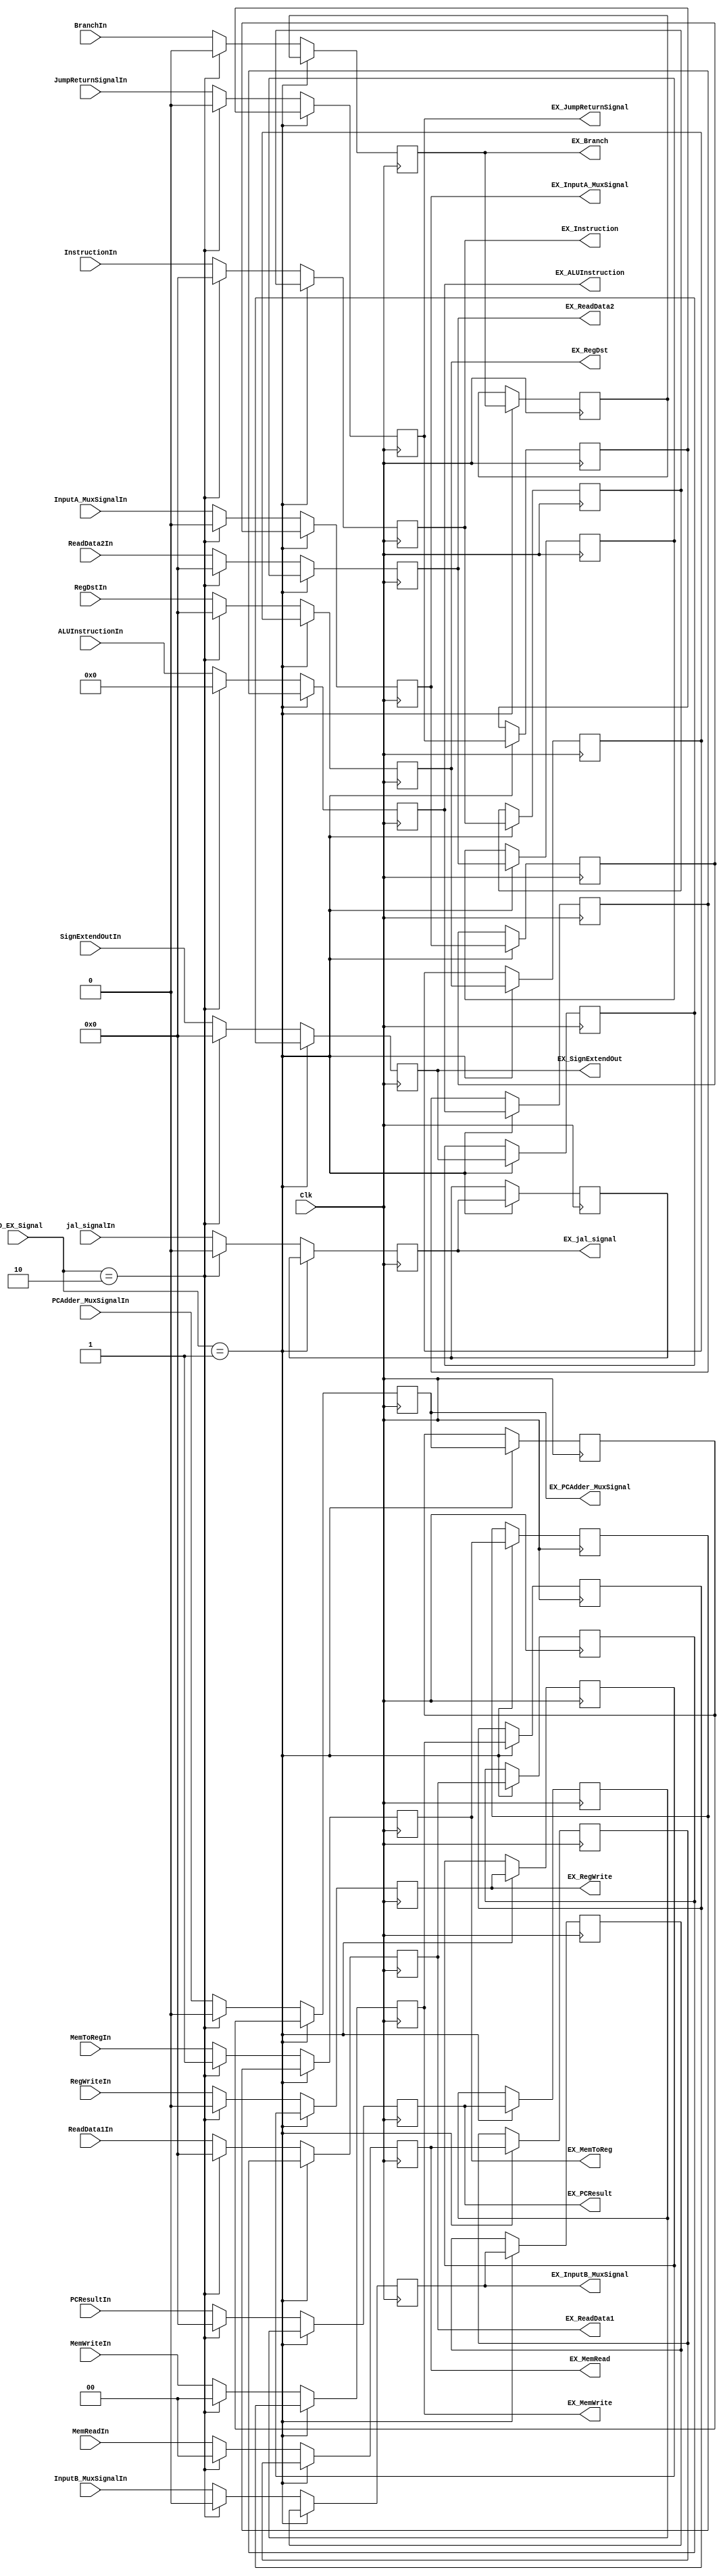
module ID_EX_Register(Clk, ID_EX_Signal, JumpReturnSignalIn, jal_signalIn, PCAdder_MuxSignalIn, InstructionIn, RegWriteIn, ReadData1In, ReadData2In, SignExtendOutIn, ALUInstructionIn, PCResultIn, InputA_MuxSignalIn, InputB_MuxSignalIn, RegDstIn, MemWriteIn, MemReadIn, BranchIn, MemToRegIn,
                          EX_JumpReturnSignal, EX_jal_signal, EX_PCAdder_MuxSignal, EX_Instruction, EX_RegWrite, EX_ReadData1, EX_ReadData2, EX_SignExtendOut, EX_ALUInstruction, EX_PCResult, EX_InputA_MuxSignal, EX_InputB_MuxSignal, EX_RegDst, EX_MemWrite, EX_MemRead, EX_Branch, EX_MemToReg);
input Clk, RegWriteIn, InputA_MuxSignalIn, InputB_MuxSignalIn, BranchIn, MemToRegIn, PCAdder_MuxSignalIn, jal_signalIn, JumpReturnSignalIn;
input [1:0] ID_EX_Signal;
input [1:0] MemWriteIn, MemReadIn;
input [31:0] ReadData1In;
input [31:0] ReadData2In;
input [31:0] SignExtendOutIn;
input [5:0] ALUInstructionIn;
input [31:0] PCResultIn;
input [31:0] InstructionIn;
input [31:0] RegDstIn;

output reg EX_RegWrite, EX_InputA_MuxSignal, EX_InputB_MuxSignal, EX_Branch, EX_MemToReg, EX_PCAdder_MuxSignal, EX_jal_signal, EX_JumpReturnSignal; //convert EX_AluSRC to exALU_Inputbs
output reg [31:0] EX_ReadData1;
output reg [1:0] EX_MemWrite, EX_MemRead;
output reg [31:0] EX_ReadData2;
output reg [31:0] EX_SignExtendOut;
output reg [5:0] EX_ALUInstruction;
output reg [31:0] EX_PCResult;
output reg [31:0] EX_Instruction;
output reg [31:0] EX_RegDst;
reg PreviousEX_RegWrite, PreviousEX_InputA_MuxSignal, PreviousEX_InputB_MuxSignal, PreviousEX_Branch, PreviousEX_MemToReg, PreviousEX_PCAdder_MuxSignal, PreviousEX_jal_signal, PreviousEX_JumpReturnSignal;
reg [31:0] PreviousEX_ReadData1;
reg [1:0] PreviousEX_MemWrite, PreviousEX_MemRead;
reg [31:0] PreviousEX_ReadData2;
reg [31:0] PreviousEX_SignExtendOut;
reg [5:0] PreviousEX_ALUInstruction;
reg [31:0] PreviousEX_PCResult;
reg [31:0] PreviousEX_Instruction;
reg [31:0] PreviousEX_RegDst;

always @(posedge Clk) begin
    if(ID_EX_Signal == 1)begin/*This is currently not stalling correctly*/
    EX_RegWrite = PreviousEX_RegWrite; 
    EX_InputA_MuxSignal = PreviousEX_InputA_MuxSignal; 
    EX_InputB_MuxSignal = PreviousEX_InputB_MuxSignal; 
    EX_Branch = PreviousEX_Branch; 
    EX_MemToReg = PreviousEX_MemToReg; 
    EX_PCAdder_MuxSignal = PreviousEX_PCAdder_MuxSignal; 
    EX_jal_signal = PreviousEX_jal_signal; 
    EX_JumpReturnSignal = PreviousEX_JumpReturnSignal; 
    EX_ReadData1 = PreviousEX_ReadData1; 
    EX_MemWrite = PreviousEX_MemWrite; 
    EX_MemRead = PreviousEX_MemRead; 
    EX_ReadData2 = PreviousEX_ReadData2; 
    EX_SignExtendOut = PreviousEX_SignExtendOut; 
    EX_ALUInstruction = PreviousEX_ALUInstruction; 
    EX_PCResult = PreviousEX_PCResult; 
    EX_Instruction = PreviousEX_Instruction;
    EX_RegDst = PreviousEX_RegDst;
    end
    else if(ID_EX_Signal == 2)begin
    EX_RegWrite = 0;
    EX_ReadData1 =0;
    EX_ReadData2 = 0;
    EX_SignExtendOut = 0;
    EX_ALUInstruction = 0;
    EX_PCResult = 0;
    EX_InputA_MuxSignal = 0;
    EX_InputB_MuxSignal = 0;
    EX_RegDst = 0;
    EX_Instruction= 0;
    EX_MemRead= 0;
    EX_Branch = 0;
    EX_MemToReg = 1;
    EX_MemWrite = 0;
    EX_PCAdder_MuxSignal =0;
    EX_jal_signal = 0;
    EX_JumpReturnSignal = 0;
    end
    else begin
    //PreviousEX_RegWrite = EX_RegWrite;
    EX_RegWrite = RegWriteIn;
    //PreviousEX_ReadData1 = EX_ReadData1;
    EX_ReadData1 = ReadData1In;
    //PreviousEX_ReadData2 = EX_ReadData2;
    EX_ReadData2 = ReadData2In;
    //PreviousEX_SignExtendOut = EX_SignExtendOut;
    EX_SignExtendOut = SignExtendOutIn;
    //PreviousEX_ALUInstruction = EX_ALUInstruction;
    EX_ALUInstruction = ALUInstructionIn;
    //PreviousEX_PCResult = EX_PCResult;
    EX_PCResult = PCResultIn;
    //PreviousEX_InputA_MuxSignal = EX_InputA_MuxSignal;
    EX_InputA_MuxSignal = InputA_MuxSignalIn;
    //PreviousEX_InputB_MuxSignal = EX_InputB_MuxSignal;
    EX_InputB_MuxSignal = InputB_MuxSignalIn;
    //PreviousEX_RegDst = EX_RegDst;
    EX_RegDst = RegDstIn;
    //PreviousEX_Instruction = EX_Instruction;
    EX_Instruction = InstructionIn;
    //PreviousEX_MemRead = EX_MemRead;
    EX_MemRead = MemReadIn;
    //PreviousEX_Branch = EX_Branch;
    EX_Branch = BranchIn;
    //PreviousEX_MemToReg = EX_MemToReg;
    EX_MemToReg = MemToRegIn;
    //PreviousEX_MemWrite = EX_MemWrite;
    EX_MemWrite =MemWriteIn;
    //PreviousEX_PCAdder_MuxSignal = EX_PCAdder_MuxSignal;
    EX_PCAdder_MuxSignal = PCAdder_MuxSignalIn;
    //PreviousEX_jal_signal = EX_jal_signal;
    EX_jal_signal = jal_signalIn;
    //PreviousEX_JumpReturnSignal = EX_JumpReturnSignal;
    EX_JumpReturnSignal = JumpReturnSignalIn;
    end  
    end     
always @(negedge Clk) begin
if(ID_EX_Signal == 1)begin/*This is currently not stalling correctly*/
    PreviousEX_RegWrite = EX_RegWrite;
    PreviousEX_ReadData1 = EX_ReadData1;
    PreviousEX_ReadData2 = EX_ReadData2;
    PreviousEX_SignExtendOut = EX_SignExtendOut;
    PreviousEX_ALUInstruction = EX_ALUInstruction;
    PreviousEX_PCResult = EX_PCResult;
    PreviousEX_InputA_MuxSignal = EX_InputA_MuxSignal;
    PreviousEX_InputB_MuxSignal = EX_InputB_MuxSignal;
    PreviousEX_RegDst = EX_RegDst;
    PreviousEX_Instruction = EX_Instruction;
    PreviousEX_MemRead = EX_MemRead;
    PreviousEX_Branch = EX_Branch;
    PreviousEX_MemToReg = EX_MemToReg;
    PreviousEX_MemWrite = EX_MemWrite;
    PreviousEX_PCAdder_MuxSignal = EX_PCAdder_MuxSignal;
    PreviousEX_jal_signal = EX_jal_signal;
    PreviousEX_JumpReturnSignal = EX_JumpReturnSignal;
    end
end         
endmodule